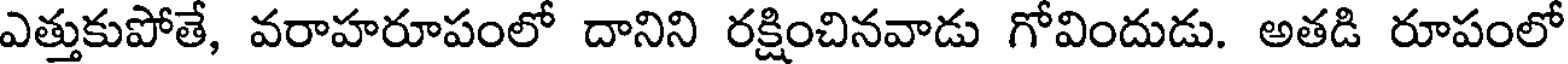
ఎత్తుకుపోతే, వరాహరూపంలో దానిని రక్షించినవాడు గోవిందుడు. అతడి రూపంలో